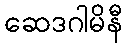
ဆေဒဂါမိနီ